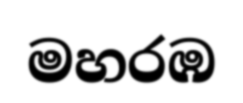
මහරඹ